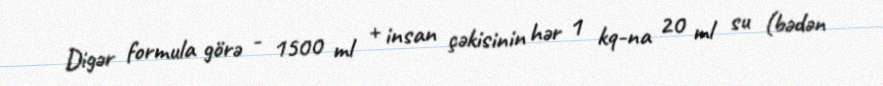
Digər formula görə - 1500 ml + insan çəkisinin hər 1 kq-na 20 ml su (bədən